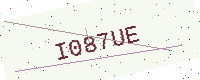
Text: I087UE